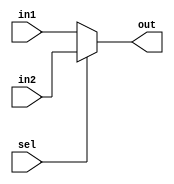
`timescale 1ns/1ns

module MUX2to1(in1, in2, sel, out);
  parameter Length = 32;
  input[Length-1:0] in1, in2;
  input sel;
  output[Length-1:0] out;
  assign out = (sel==1'b0) ? in1 : in2;
endmodule